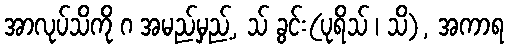
အာလုပ်သိကို ဂ အမည်မှည့်, သ် ခွင်း(ပုရိသ် ၊ သိ), အကာရ